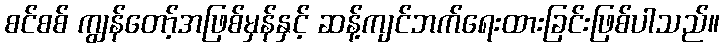
စင်စစ် ကျွန်တော့်အဖြစ်မှန်နှင့် ဆန့်ကျင်ဘက်ရေးထားခြင်းဖြစ်ပါသည်။